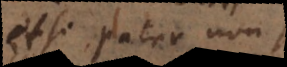
etsi pater non